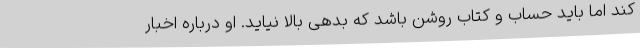
کند اما باید حساب و کتاب روشن باشد که بدهی بالا نیاید. او درباره اخبار